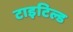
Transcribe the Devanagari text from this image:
टाइटिल्ड